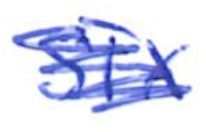
Text: six
Cross-out: scratch
Writing tool: ballpoint